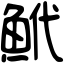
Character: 鮘